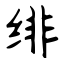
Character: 绯